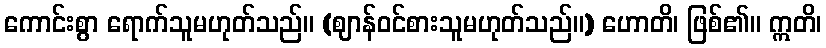
ကောင်းစွာ ရောက်သူမဟုတ်သည်။ (ဈာန်ဝင်စားသူမဟုတ်သည်။) ဟောတိ၊ ဖြစ်၏။ ဣတိ၊